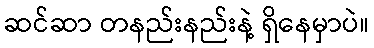
ဆင်ဆာ တနည်းနည်းနဲ့ ရှိနေမှာပဲ။